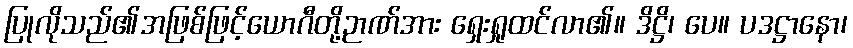
ပြုလိုသည်၏အဖြစ်ဖြင့်ယောဂီတို့ဉာဏ်အား ရှေးရှုထင်လာ၏။ ဒိဋ္ဌိ၊ ပေ။ ပဒဋ္ဌာနော၊